Indian journal of veterinary science and animal husbandry - Volume 14,
Year: 1944
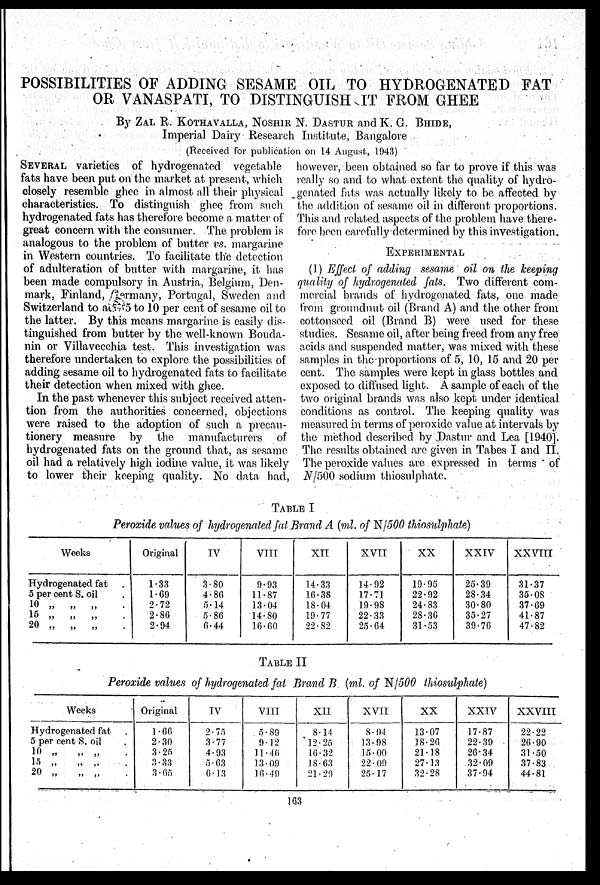
POSSIBILITIES OF ADDING SESAME OIL TO HYDROGENATED FAT
OR VANASPATI, TO DISTINGUISH IT FROM GHEE
By ZAL R. KOTHAVALLA, NOSHIR N. DASTUR and K. G. BHIDE,
Imperial Dairy Research Institute, Bangalore
(Received for publication on 14 August, 1943)
SEVERAL varieties of hydrogenated vegetable
fats have been put on the market at present, which
closely resemble ghee in almost all their physical
characteristics. To distinguish ghee from such
hydrogenated fats has therefore become a matter of
great concern with the consumer. The problem is
analogous to the problem of butter vs. margarine
in Western countries. To facilitate the detection
of adulteration of butter with margarine, it has
been made compulsory in Austria, Belgium, Den-
mark, Finland, Germany, Portugal, Sweden and
Switzerland to a
5 to 10 per cent of sesame oil to
the latter. By this means margarine is easily dis-
tinguished from butter by the well-known Bouda-
nin or Villavecchia test. This investigation was
therefore undertaken to explore the possibilities of
adding sesame oil to hydrogenated fats to facilitate
their detection when mixed with ghee.
In the past whenever this subject received atten-
tion from the authorities concerned, objections
were raised to the adoption of such a precau-
tionery measure by the manufacturers of
hydrogenated fats on the ground that, as sesame
oil had a relatively high iodine value, it was likely
to lower their keeping quality. No data had,
however, been obtained so far to prove if this was
really so and to what extent the quality of hydro-
genated fats was actually likely to be affected by
the addition of sesame oil in different proportions.
This and related aspects of the problem have there-
fore been carefully determined by this investigation.
EXPERIMENTAL
(1) Effect of adding sesame oil on the keeping
quality of hydrogenated fats. Two different com-
mercial brands of hydrogenated fats, one made
from groundnut oil (Brand A) and the other from
cottonseed oil (Brand B) were used for these
studies. Sesame oil, after being freed from any free
acids and suspended matter, was mixed with these
samples in the proportions of 5, 10, 15 and 20 per
cent. The samples were kept in glass bottles and
exposed to diffused light. A sample of each of the
two original brands was also kept under identical
conditions as control. The keeping quality was
measured in terms of peroxide value at intervals by
the method described by Dastur and Lea [1940].
The results obtained are given in Tabes I and II.
The peroxide values are expressed in terms of
N/500 sodium thiosulphate.
TABLE I
Peroxide values of hydrogenated fat Brand A (ml. of N/500 thiosulphate)
Weeks
Hydrogenated fat .
5 per cent S. oil .
10 „ „ „ .
15 „ „ „ .
20 „
„
„ .
Original
1.33
1.69
2.72
2.86
2.94
IV
3.80
4.86
5.14
5.86
6.44
VIII
9.93
11.87
13.04
14.80
16.60
XII
14.33
16.38
18.04
19.77
22.82
XVII
14.92
17.71
19.98
22.33
25.64
XX
19.95
22.92
24.83
28.36
31.53
XXIV
25.39
28.34
30.80
35.27
39.76
XXVIII
31.37
35.08
37.69
41.87
47.82
TABLE II
Peroxide values of hydrogenated fat Brand B (ml. of N/500 thiosulphate)
Weeks
Hydrogenated fat .
5 per cent S. oil .
10 „
„ „ .
15 „ „ „ .
20 „
„ „ .
Original
1.66
2.30
3.25
3.33
3.65
TV
2.75
3.77
4.93
5.63
6.13
VIII
5.89
9.12
11.46
13.09
16.49
XII
8.14
12.25
16.32
18.63
21.29
XVII
8.94
13.98
15.00
22.09
25.17
XX
13.07
18.26
21.18
27.13
32.28
XXIV
17.87
22.39
26.34
32.09
37.94
XXVIII
22.22
26.90
31.50
37.83
44.81
163